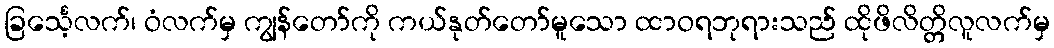
ခြင်္သေ့လက်၊ ဝံလက်မှ ကျွန်တော်ကို ကယ်နုတ်တော်မူသော ထာဝရဘုရားသည် ထိုဖိလိတ္တိလူလက်မှ